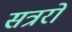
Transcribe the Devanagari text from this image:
सत्ररों